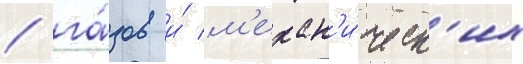
/ га́зов и́ м'ехан'и́ческ'их